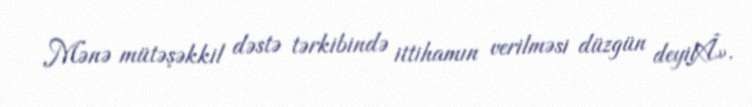
Mənə mütəşəkkil dəstə tərkibində ittihamın verilməsi düzgün deyilÂ».